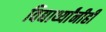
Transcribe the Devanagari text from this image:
विद्यार्थ्यांनीही